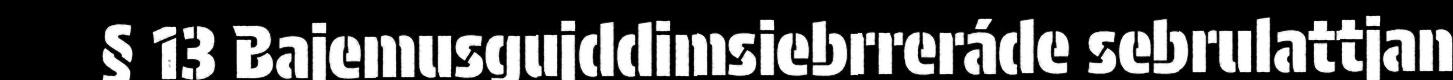
§ 13 Bajemusgujddimsiebrreráde sebrulattjan